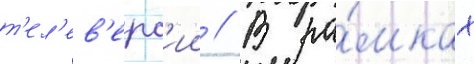
т'ел'ев'ерс'ии // В ра́мках